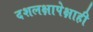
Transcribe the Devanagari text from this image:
दशलक्षापेक्षाही